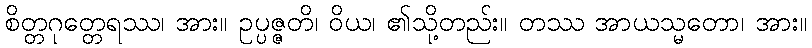
စိတ္တဂုတ္တေရဿ၊ အား။ ဥပ္ပဇ္ဇတိ၊ ဝိယ၊ ၏သို့တည်း။ တဿ အာယသ္မတော၊ အား။